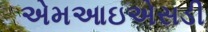
એમઆઇએસડી